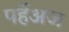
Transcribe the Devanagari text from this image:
पर्हेअज